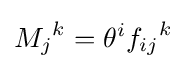
{M_{j}}^{k}=\theta ^{i}{f_{ij}}^{k}